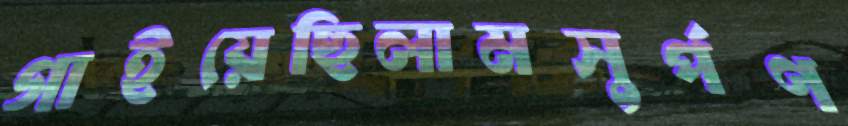
গাইয়েছিলামসুর্পণ